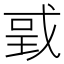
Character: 戜